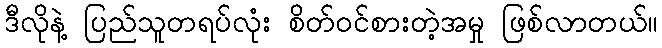
ဒီလိုနဲ့ ပြည်သူတရပ်လုံး စိတ်ဝင်စားတဲ့အမှု ဖြစ်လာတယ်။